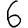
Digit: 6